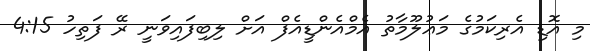
މި އޮޑި އެރިކަމުގެ މަޢުލޫމާތު އެމްއެންޑީއެފް އަށް ލިބިފައިވަނީ ރޭ ފަތިހު 4:15